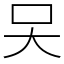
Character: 㕦